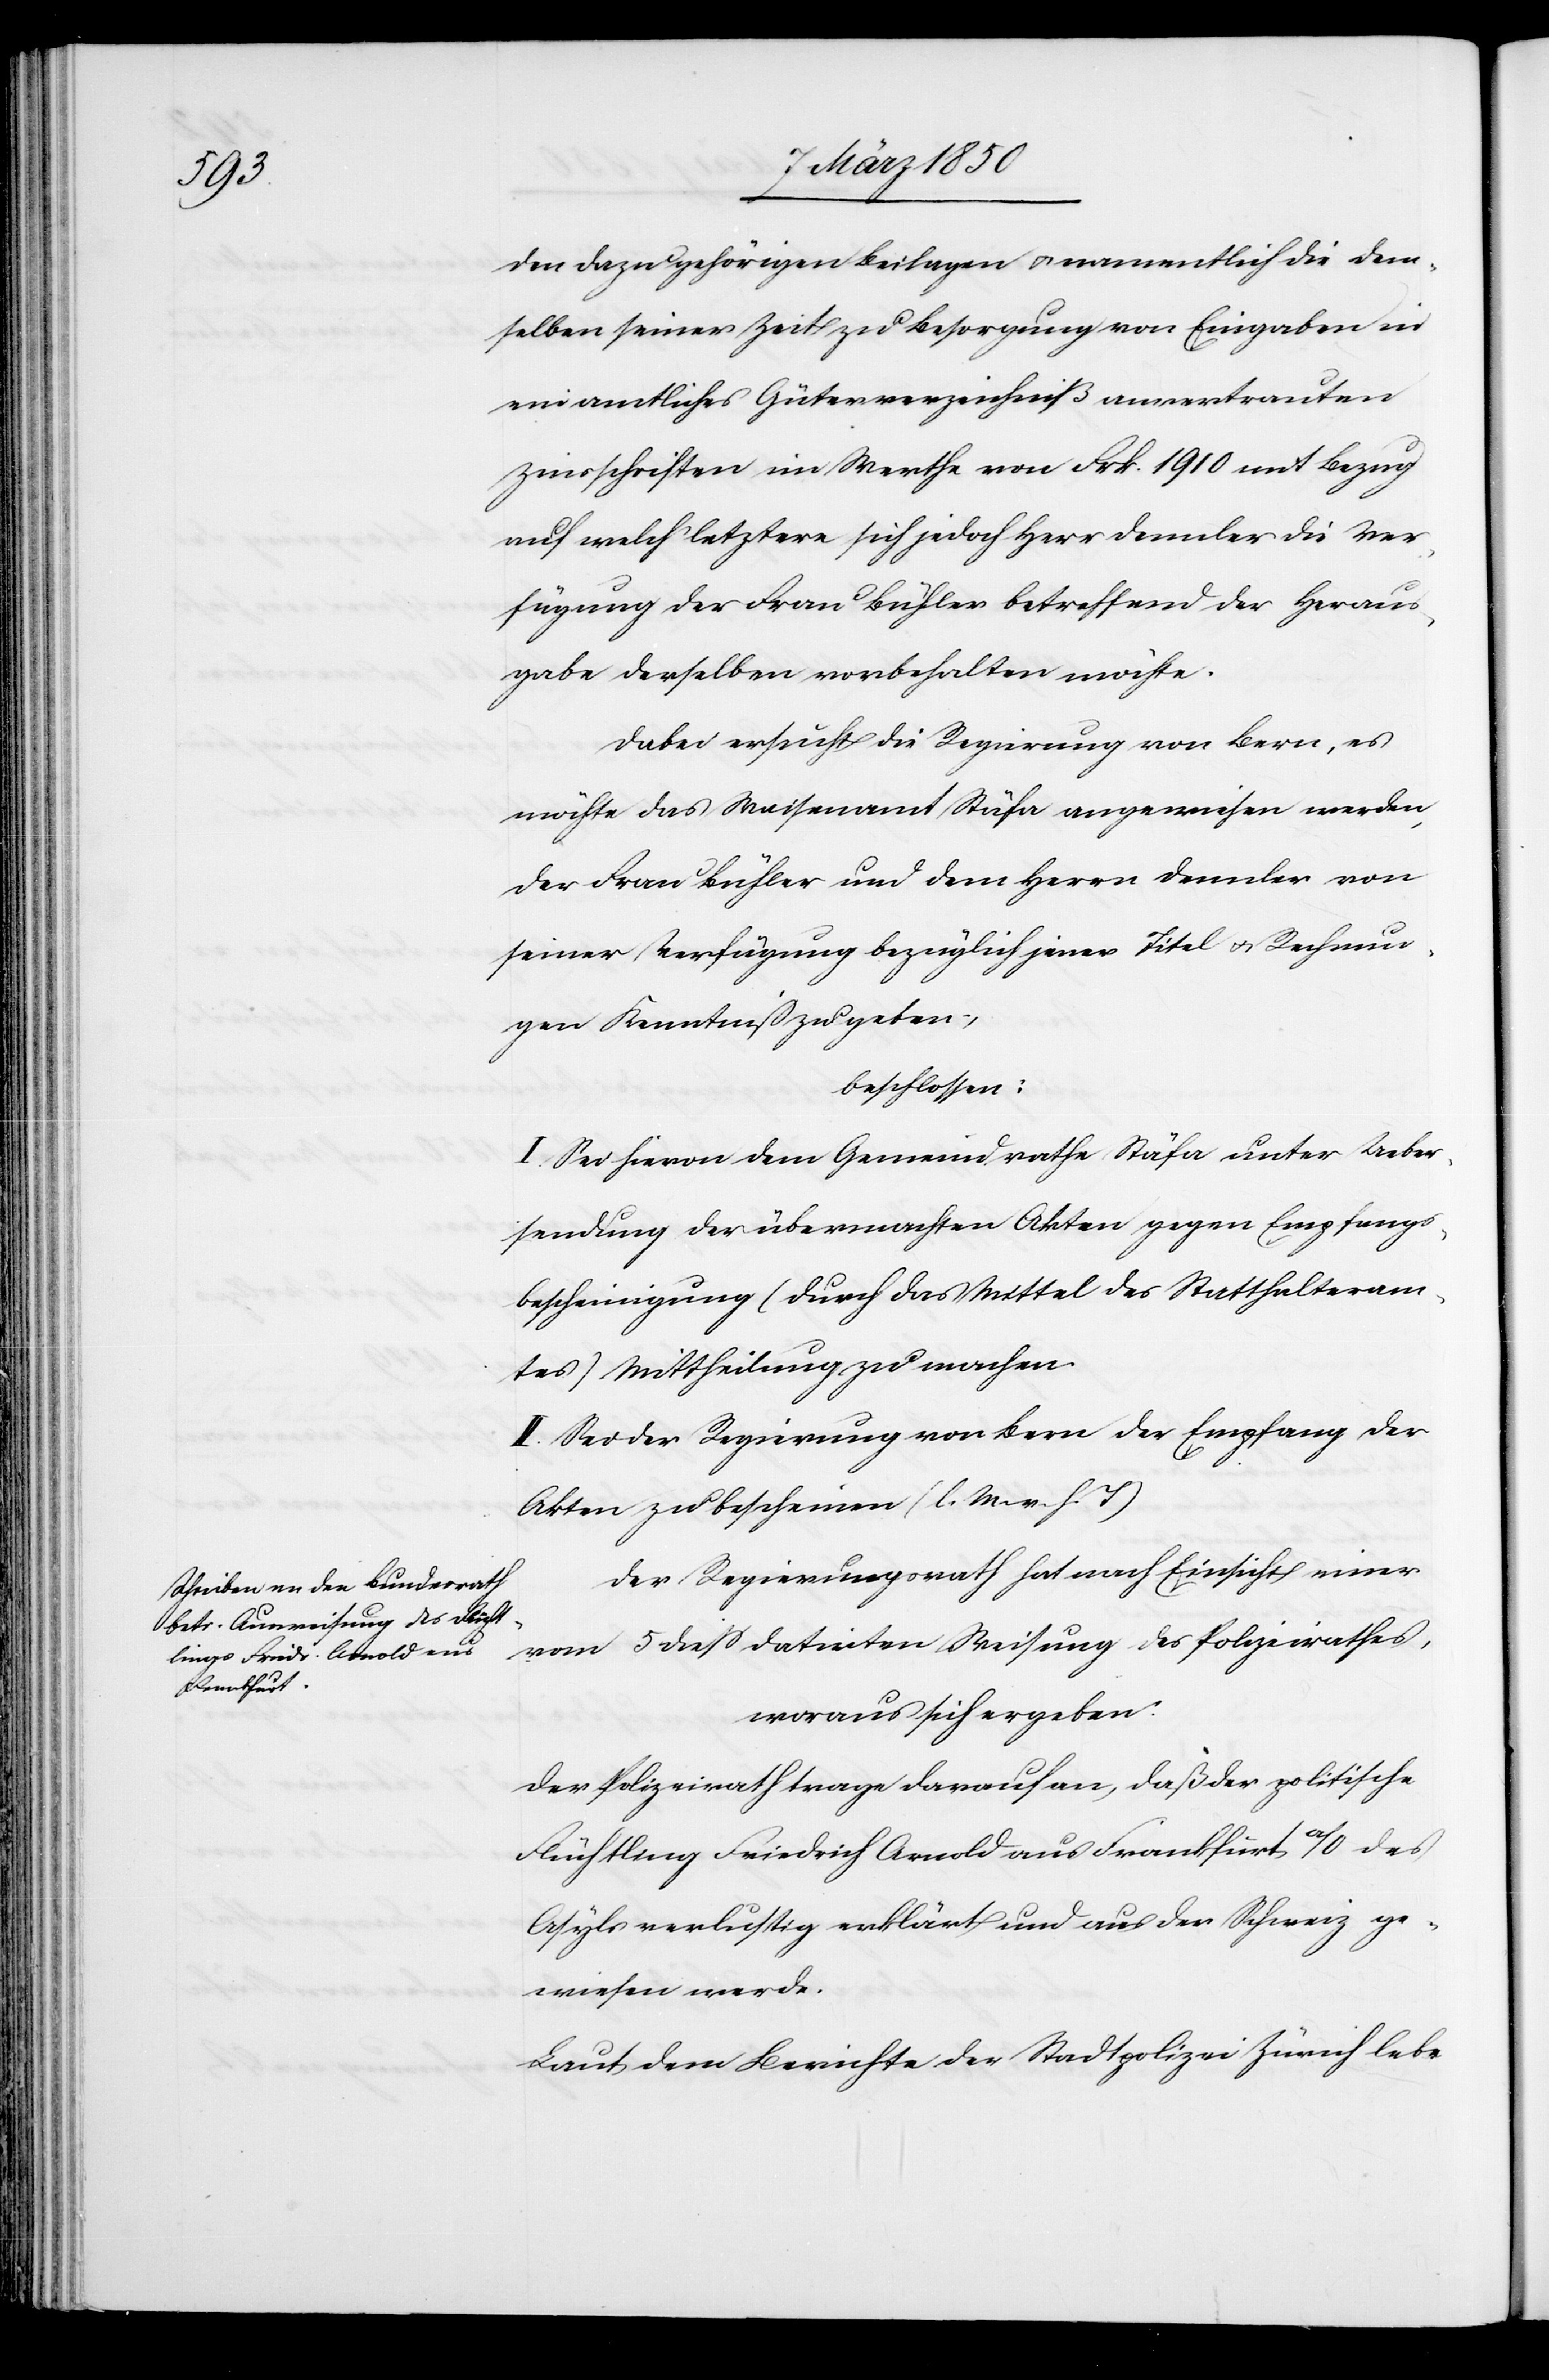
den dazu gehörigen Beilagen u. namentlich die den¬
selben seiner Zeit zu Besorgung von Eingaben in
ein amtliches Güterverzeichniß anvertrauten
Zinsschriften im Werthe von Frk. 1910 mit Bezug
auf welch letztere sich jedoch Herr Dennler die Ver¬
fügung der Frau Bühler betreffend der Heraus¬
gabe derselben vorbehalten möchte.
Dabei ersucht die Regierung von Bern, es
möchte das Waisenamt Stäfa angewiesen werden,
der Frau Bühler und dem Herrn Dennler von
seiner Verfügung bezüglich jener Titel u. Rechnun¬
gen Kenntniß zu geben;
beschlossen:
I. Sei hievon dem Gemeindrathe Stäfa unter Ueber¬
sendung der übermachten Akten gegen Empfangs¬
bescheinigung (durch das Mittel des Statthalteram¬
tes) Mittheilung zu machen.
II. Sei der Regierung von Bern der Empfang der
Akten zu bescheinen (l. M. v. h. T)
Der Regierungsrath hat nach Einsicht einer
vom 5 dieß datirten Weisung des Polizeirathes,
woraus sich ergeben:
Der Polizeirath trage darauf an, daß der politische
Flüchtling Friedrich Arnold aus Frankfurt a/O des
Asyls verlustig erklärt und aus der Schweiz ge¬
wiesen werde.
Laut dem Berichte der Stadtpolizei Zürich lebe